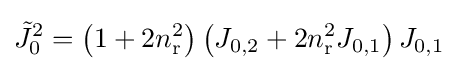
{\tilde {J}}_{0}^{2}=\left(1+2n_{\text{r}}^{2}\right)\left(J_{0,2}+2n_{\text{r}}^{2}J_{0,1}\right)J_{0,1}